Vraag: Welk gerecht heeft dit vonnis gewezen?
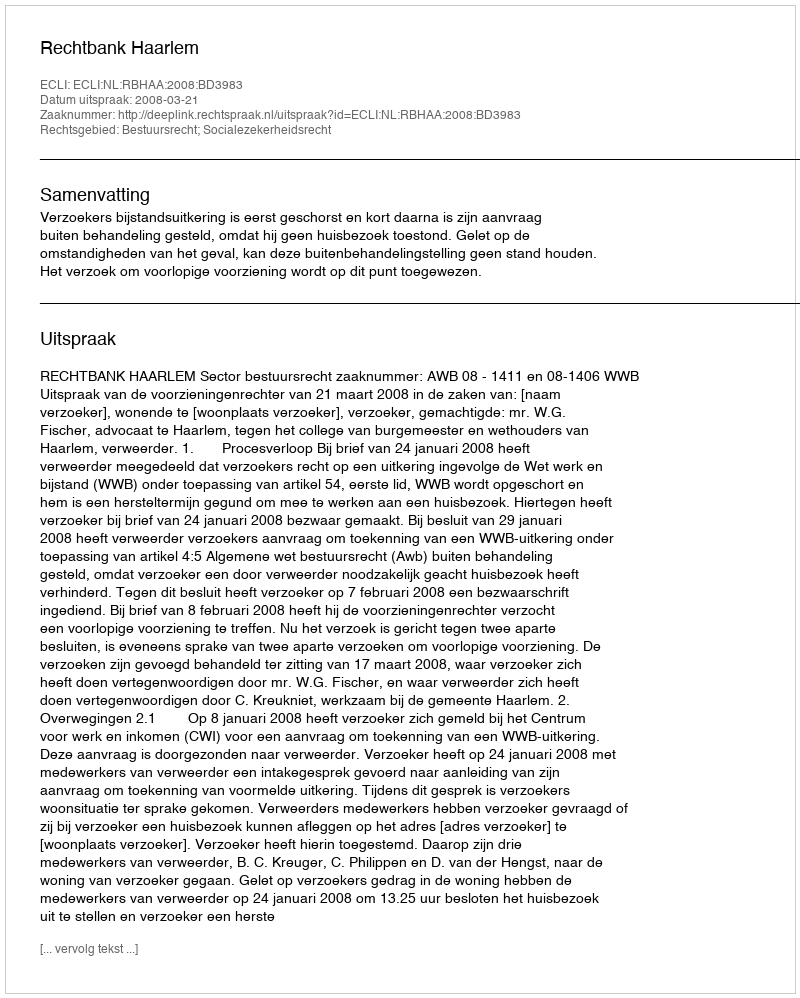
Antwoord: Rechtbank Haarlem